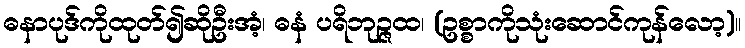
ဓနာပုဒ်ကိုထုတ်၍ဆိုဦးအံ့၊ ဓနံ ပရိဘုဉ္ဇထ၊ (ဥစ္စာကိုသုံးဆောင်ကုန်လော့)။